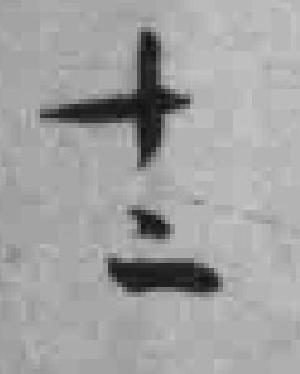
十二